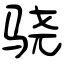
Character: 骁